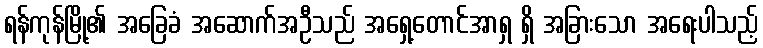
ရန်ကုန်မြို့၏ အခြေခံ အဆောက်အဦသည် အရှေ့တောင်အာရှ ရှိ အခြားသော အရေးပါသည့်